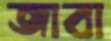
জাবা